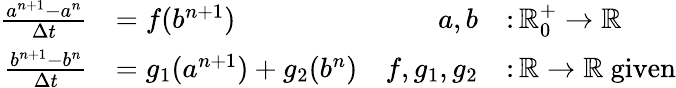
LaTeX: \begin{array}{rlrl}{\frac{a^{n+1}-a^{n}}{\Delta t}}&{=f(b^{n+1})}&{a,b}&{\colon\mathbb R_{0}^{+}\to\mathbb R}\\ {\frac{b^{n+1}-b^{n}}{\Delta t}}&{=g_{1}(a^{n+1})+g_{2}(b^{n})}&{f,g_{1},g_{2}}&{\colon\mathbb R\to\mathbb R\mathrm{~given}}\end{array}